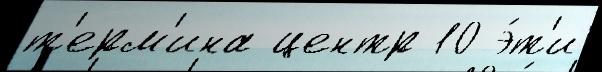
т'ерм'ина центр 10 э́т'и